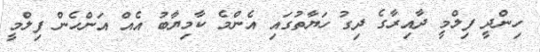
ހިންދީ ފިލްމީ ދާއިރާގެ ދިގު ހަޔާތުގައި އެންމެ ކާމިޔާބު އެއް އަންހެން ފިލްމީ